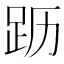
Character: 𬦣